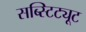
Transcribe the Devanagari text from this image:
सब्स्टिट्यूट